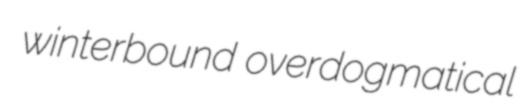
winterbound overdogmatical